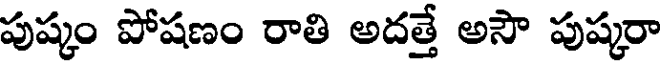
పుష్కం పోషణం రాతి అదత్తే అసౌ పుష్కరా